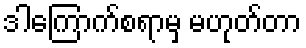
ဒါကြောက်စရာမှ မဟုတ်တာ